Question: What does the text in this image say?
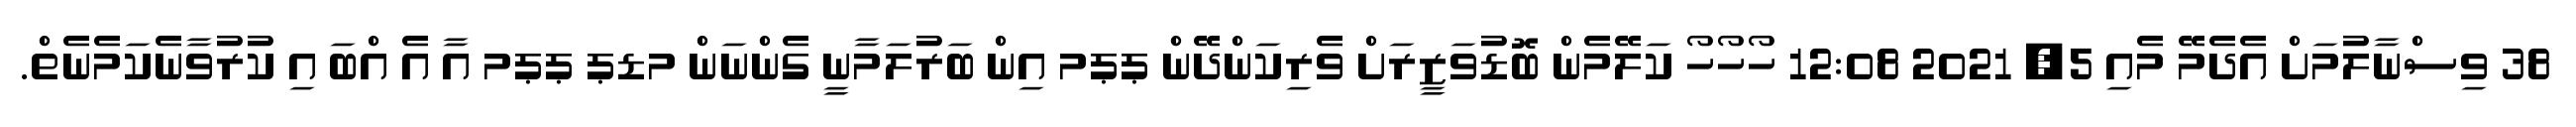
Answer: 38 ވިސްނާލުމަށް އެދެމޭ މެއި 5, 2021 12:08 ހޯހޯހޯ ކަލޭމެން ބޮޑުވަޒީރަށް ވެރިކަންދޭން ޕޕމ އިން ބަރުލަމާނީ ގެންނަން މޑޕ ޕޕމ އާ އެ އްބަ އި ކުރުވާނެކަމެނެތް.